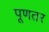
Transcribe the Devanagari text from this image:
पूणतर